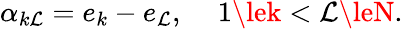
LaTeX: \alpha_{k\mathcal{L}}=e_{k}-e_{\mathcal{L}},\, \, \, \, \, \, \, 1\lek<\mathcal{L}\leN.